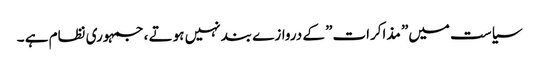
سیاست میں” مذاکرات” کے دروازے بند نہیں ہوتے ، جمہوری نظام ہے ۔